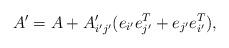
\begin{align*}A'=A+A_{i'j'}'(e_{i'}e_{j'}^{T}+e_{j'}e_{i'}^{T}),\end{align*}